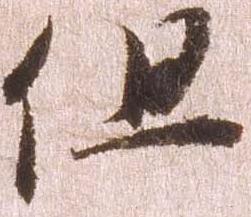
但